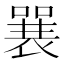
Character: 𱔞